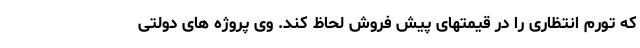
که تورم انتظاری را در قیمتهای پیش فروش لحاظ کند. وی پروژه های دولتی